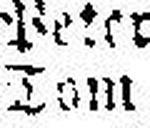
Tom